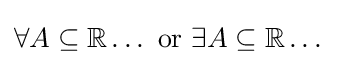
\forall A\subseteq \mathbb {R} \dots {\text{ or }}\exists A\subseteq \mathbb {R} \dots \